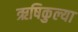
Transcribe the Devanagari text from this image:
ऋषिकुल्या